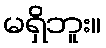
မရှိဘူး။